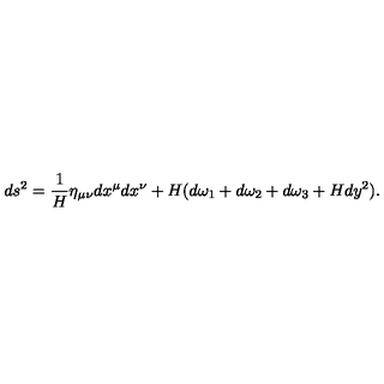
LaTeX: d s ^ { 2 } = \frac { 1 } { H } \eta _ { \mu \nu } d x ^ { \mu } d x ^ { \nu } + H ( d \omega _ { 1 } + d \omega _ { 2 } + d \omega _ { 3 } + H d y ^ { 2 } ) .